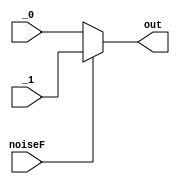

`default_nettype none

module outputSelection(out, _0, _1, noiseF);
	// Parameters
	parameter DATA_WIDTH = 8;

	// Outputs
	output wire [DATA_WIDTH - 1 : 0] 	out;

	// Inputs
	input wire [DATA_WIDTH - 1 : 0] 	_0, _1;
	input wire 					noiseF;

	// Dataflow description of module
	assign out = noiseF ? _1 : _0;
endmodule